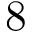
8